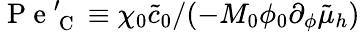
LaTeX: \mathrm{~P~e~}_{\mathrm{~C~}}^{\prime}\equiv\chi_{0}\tilde{c}_{0}/(-M_{0}\phi_{0}\partial_{\phi}\tilde{\mu}_{h})